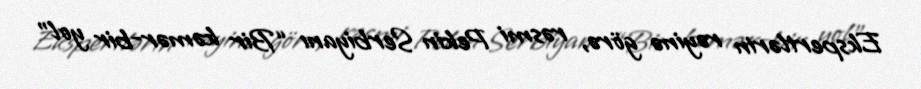
Ekspertlərin rəyinə görə, rəsmi Pekin Serbiyanı “Bir kəmər-bir yol”